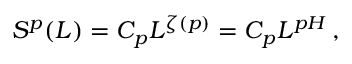
S ^ { p } ( L ) = C _ { p } L ^ { \zeta ( p ) } = C _ { p } L ^ { p H } \, ,